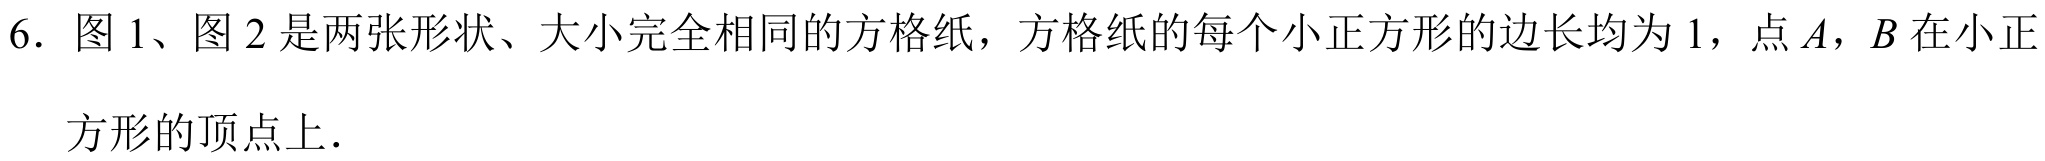
6. 图1、图2是两张形状、大小完全相同的方格纸，方格纸的每个小正方形的边长均为1，点\(A\)，\(B\)在小正
方形的顶点上．